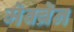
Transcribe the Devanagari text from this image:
मेक्ब्रेन